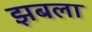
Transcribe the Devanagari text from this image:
झबला